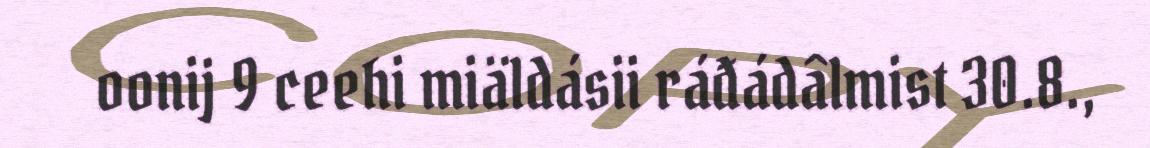
oonij 9 ceehi miäldásii ráđádâlmist 30.8.,